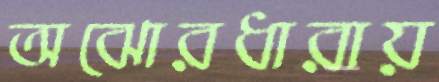
অঝোরধারায়